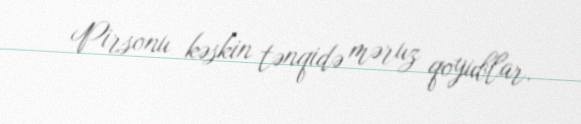
Pirsonu kəskin tənqidə məruz qoyublar.